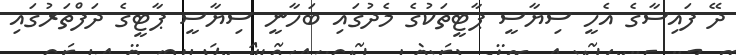
ދޭ ފައިސާގެ އެހީ ސިޔާސީ ޕާޓީތަކުގެ މެދުގައި ބަހާނީ ސިޔާސީ ޕާޓީގެ ދަފްތަރުގައި